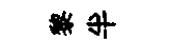
黎半